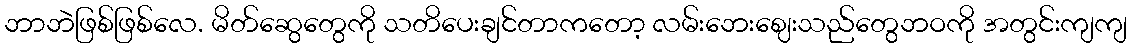
ဘာဘဲဖြစ်ဖြစ်လေ. မိတ်ဆွေတွေကို သတိပေးချင်တာကတော့ လမ်းဘေးဈေးသည်တွေဘဝကို အတွင်းကျကျ